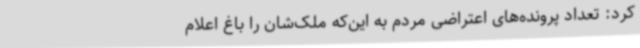
کرد: تعداد پرونده‌های اعتراضی مردم به این‌که ملک‌شان را باغ اعلام